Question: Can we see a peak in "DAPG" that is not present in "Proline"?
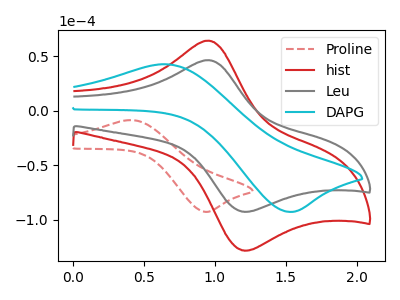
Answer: <think>The red dashed curve "Proline" has an anodic peak at (0.40V, -8.50uA) and a cathodic peak at (0.95V, -92.70uA). The red curve "hist" has an anodic peak at (0.95V, 64.45uA) and a cathodic peak at (1.20V, -127.95uA). The gray curve "Leu" has an anodic peak at (0.95V, 46.55uA) and a cathodic peak at (1.20V, -92.45uA). The cyan curve "DAPG" has an anodic peak at (0.65V, 42.80uA) and a cathodic peak at (1.55V, -92.70uA).
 "DAPG" and "Proline" have at least one peak that do not match.</think>
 <answer>Yes, "DAPG" and "Proline" are different in shape.</answer>
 <eval>yes_change</eval>